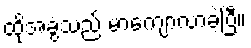
ထိုအခွံသည် မာကျောလာခဲ့ပြီ။